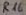
Text: R16